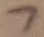
Text: 7